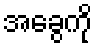
အခွေကို